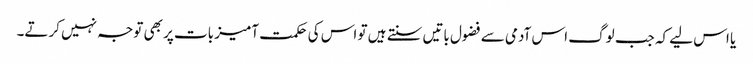
یا اس لیے کہ جب لوگ اس آدمی سے فضول باتیں سنتے ہیں تو اس کی حکمت آمیز بات پر بھی توجہ نہیں کرتے۔